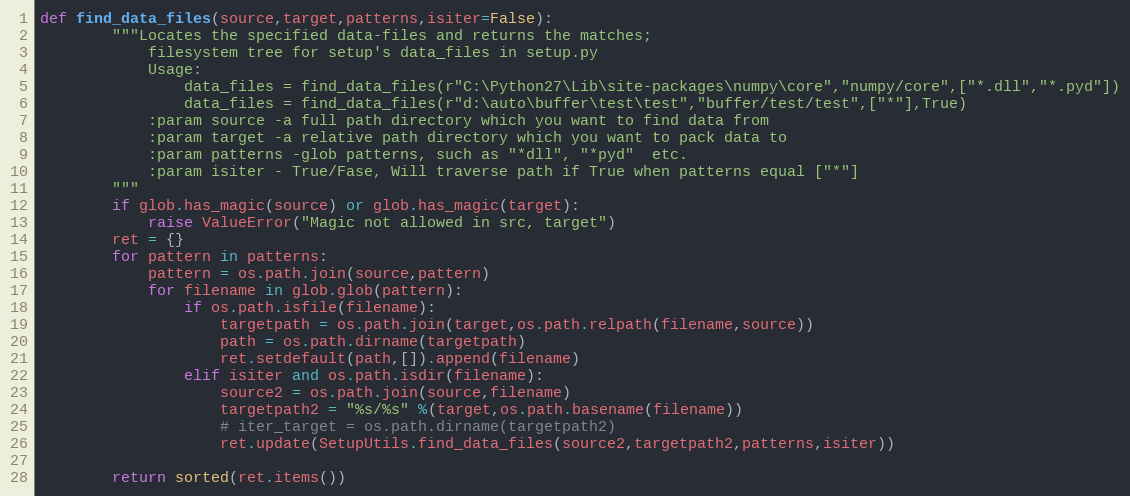
Language: Python
def find_data_files(source,target,patterns,isiter=False):
        """Locates the specified data-files and returns the matches;
            filesystem tree for setup's data_files in setup.py
            Usage:
                data_files = find_data_files(r"C:\Python27\Lib\site-packages\numpy\core","numpy/core",["*.dll","*.pyd"])
                data_files = find_data_files(r"d:\auto\buffer\test\test","buffer/test/test",["*"],True)
            :param source -a full path directory which you want to find data from
            :param target -a relative path directory which you want to pack data to
            :param patterns -glob patterns, such as "*dll", "*pyd"  etc.
            :param isiter - True/Fase, Will traverse path if True when patterns equal ["*"]
        """
        if glob.has_magic(source) or glob.has_magic(target):
            raise ValueError("Magic not allowed in src, target")
        ret = {}
        for pattern in patterns:
            pattern = os.path.join(source,pattern)
            for filename in glob.glob(pattern):
                if os.path.isfile(filename):
                    targetpath = os.path.join(target,os.path.relpath(filename,source))
                    path = os.path.dirname(targetpath)
                    ret.setdefault(path,[]).append(filename)
                elif isiter and os.path.isdir(filename):
                    source2 = os.path.join(source,filename)
                    targetpath2 = "%s/%s" %(target,os.path.basename(filename))
                    # iter_target = os.path.dirname(targetpath2)
                    ret.update(SetupUtils.find_data_files(source2,targetpath2,patterns,isiter))

        return sorted(ret.items())